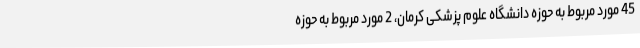
45 مورد مربوط به حوزه دانشگاه علوم پزشکی کرمان، 2 مورد مربوط به حوزه